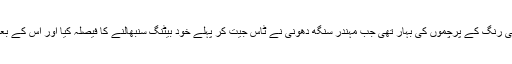
جوہانسبرگ کے وانڈررز اسٹیڈیم میں سبز اور نارنجی رنگ کے پرچموں کی بہار تھی جب مہندر سنگھ دھونی نے ٹاس جیت کر پہلے خود بیٹنگ سنبھالنے کا فیصلہ کیا اور اس کے بعد قومی ترانوں نے میدان میں زبردست ماحول بنا دیا۔